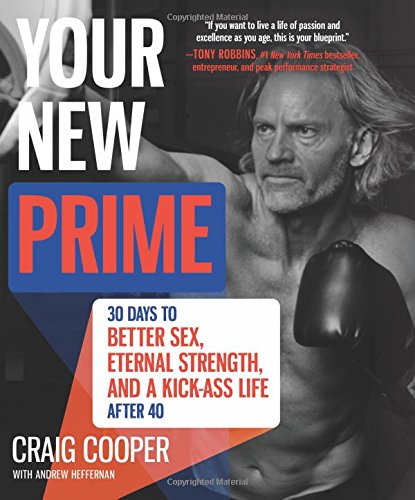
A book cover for Your New Prime: 30 Days to Better Sex, Eternal Strength, and a Kick-Ass Life After 40; Craig Cooper; Health, Fitness & Dieting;